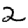
Digit: 2